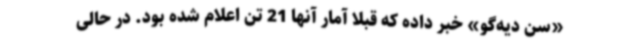
«سن دیه‌گو» خبر داده که قبلا آمار آنها 21 تن اعلام شده بود. در حالی